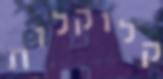
קלוקלות